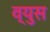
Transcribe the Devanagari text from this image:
व्युस